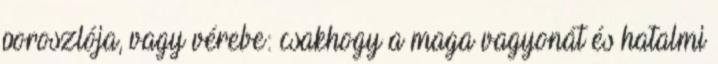
poroszlója, vagy vérebe: csakhogy a maga vagyonát és hatalmi